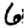
Digit: 6